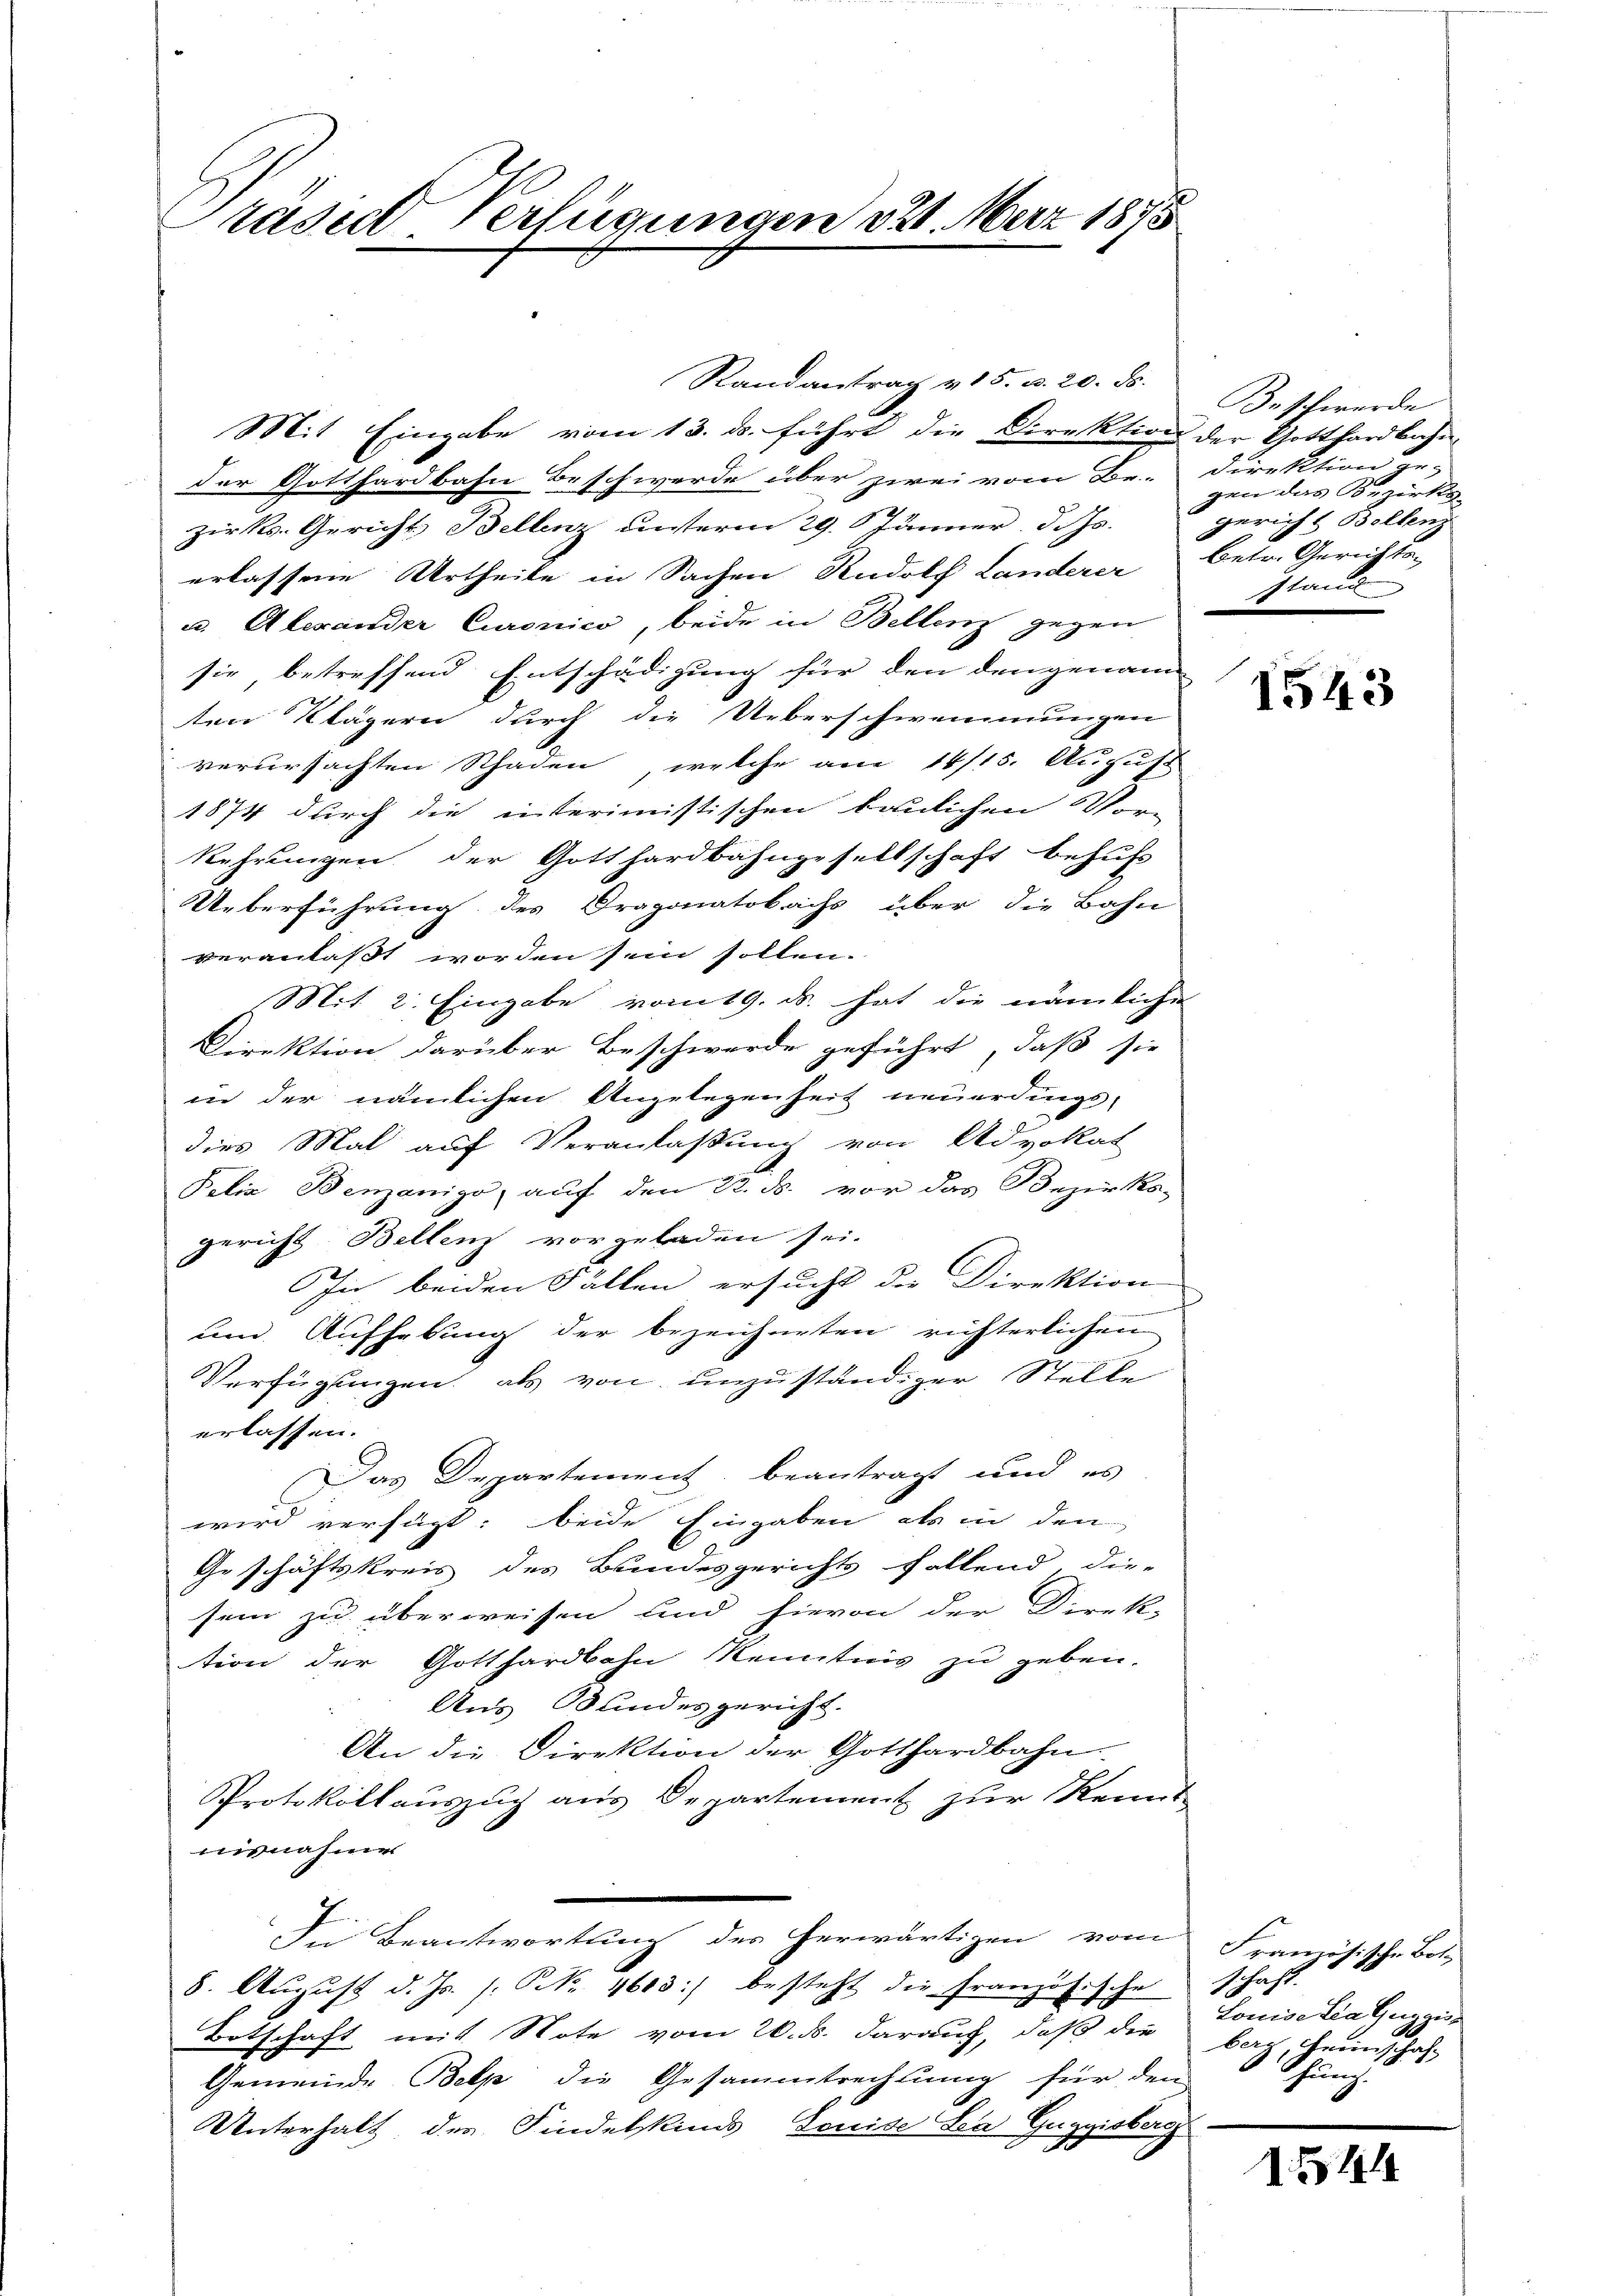
Präside Verfügungen 31. März 1875

Randantrag v. 15. u. 20. ds.
Mit Eingabe vom 13. ds. führt die Direktion der Gotthardbahn-
der Gotthardbahn Beschwerde über zwei vom Br. Direktion ge-
zirks-Gericht Bellenz unterm 29. Jänner d. Js.
erlassene Urtheile in Sachen Rudolf Landerer betr. Gerichts-
u. Alexander Curonico, beide in Bellenz gegen
sie betreffend Entschädigung für den dengenann
ten Klägern durch die Ueberschwemmungen
verursachten Schaden, welche am 14/15. August
1874 durch die interimistischen baulichen Vor-
kehrungen der Gotthardbahngesellschaft behufs
Ueberführung des Dragonatobachs über die Bahn
veranlaßt worden sein sollen.
Mit 2. Eingabe vom 19. ds. hat die nämliche
Direktion darüber Beschwerde geführt, daß sie
in der nämlichen Angelegenheit neuerdings-
dies Mal auf Veranlaßung von Advokat
Pelia Benzanigo, auf den 22. ds. vor das Bezirks-
gericht Bellenz vorgeladen sei.
IIn beiden Fällen ersucht die Direktion
um Aufhebung der bezeichneten richterlichen
Verfügungen, als von unzuständiger Stelle
erlassen. |
Das Departement, beantragt und es
wird verfügt: beide Eingaben als in den
Geschäftskreis des Bundesgerichts follend, die-
sein zu überweisen und hievon der Direk-
tion der Gotthardbahn Kenntnis zu geben.
Aus Bundesgericht.
An die Direktion der Gotthardbahn
Protokollauszug aus Departement zur Kennt-
nisnahmen
In Beantwortung des herwärtigen vom
8. Aŭgŭst d. Js. s. Nr. 1603 :/ besteht die französische schaft.
Botschaft mit Note vom 20. d. darauf, daß die bach Leinschaf-
Gemeinde Belp die Gesammtrechnung für den
Unterhalt der Findelkinds Souide Sea Guggisberg.

Beschwerde
gen das Bezirks
gericht Bellenz
sland

1543

Französische Bot
Louise Lea Guggis
hung.

134